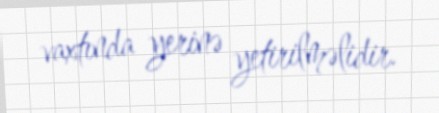
vaxtında yerinə yetirilməlidir.